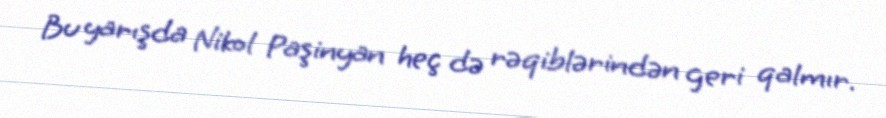
Bu yarışda Nikol Paşinyan heç də rəqiblərindən geri qalmır.